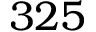
3 2 5